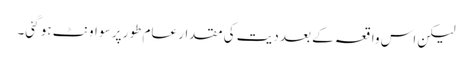
لیکن اس واقعہ کے بعد دیت کی مقدار عام طور پر سو اونٹ ہو گئی۔